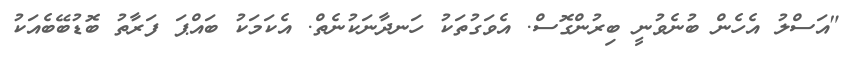
"އަސްލު އެހެން ބުނެވުނީ ބިރުންގޮސް. އެވަގުތަކު ހަނދާނަކުނެތް. އެކަމަކު ބައްޕަ ފަރާތު ބޮޑުބޭބެއަކު